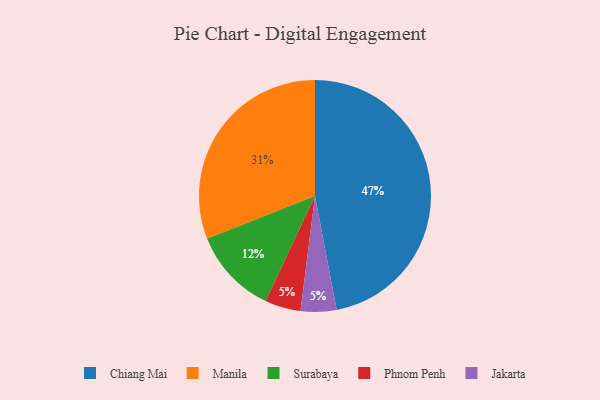
{"axis": {"x": "Category", "y": "Percentage"}, "legend": ["Chiang Mai", "Jakarta", "Manila", "Phnom Penh", "Surabaya"], "data": [{"x": "Phnom Penh", "y": 5, "type": "Phnom Penh"}, {"x": "Surabaya", "y": 12, "type": "Surabaya"}, {"x": "Chiang Mai", "y": 47, "type": "Chiang Mai"}, {"x": "Jakarta", "y": 5, "type": "Jakarta"}, {"x": "Manila", "y": 31, "type": "Manila"}]}